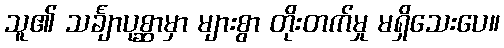
သူ၏ သင်္ချာပုစ္ဆာမှာ များစွာ တိုးတက်မှု မရှိသေးပေ။